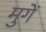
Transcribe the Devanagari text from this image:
मुगें